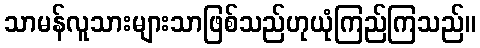
သာမန်လူသားများသာဖြစ်သည်ဟုယုံကြည်ကြသည်။